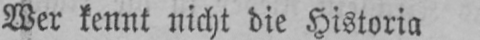
Wer kennt nicht die Historia